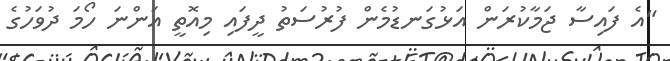
"އެ ފައިސާ ޖަމާކުރަން އަޅުގަނޑުމެން ފުރުސަތު ދީފައި މިއޮތީ އަންނަ ހޯމަ ދުވަހުގެ